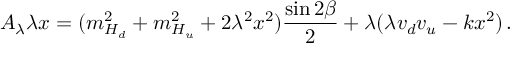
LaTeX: A _ { \lambda } \lambda x = ( m _ { H _ { d } } ^ { 2 } + m _ { H _ { u } } ^ { 2 } + 2 \lambda ^ { 2 } x ^ { 2 } ) \frac { \sin 2 \beta } { 2 } + \lambda ( \lambda v _ { d } v _ { u } - k x ^ { 2 } ) \, .